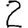
Digit: 2